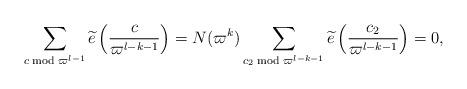
LaTeX: \begin{align*} \sum_{c \bmod {\varpi^{l-1}}}\widetilde{e}\left(\frac {c}{\varpi^{l-k-1}}\right) = N(\varpi^k) \sum_{c_2 \bmod {\varpi^{l-k-1}}}\widetilde{e} \left( \frac{c_2}{\varpi^{l-k-1}} \right)=0,\end{align*}